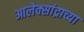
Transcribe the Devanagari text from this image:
आलेक्सांद्राच्या